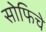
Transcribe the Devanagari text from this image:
सोफिचे